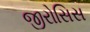
જીરોસિસ